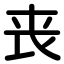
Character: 丧